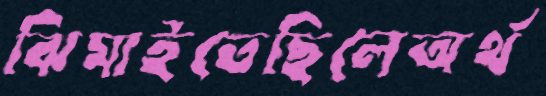
ঝিমাইতেছিলেঅর্থ